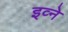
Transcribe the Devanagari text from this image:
इव्ने